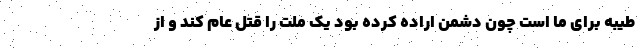
طیبه برای ما است چون دشمن اراده کرده بود یک ملت را قتل عام کند و از